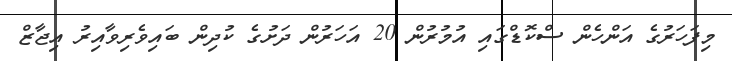
މިފަހަރުގެ އަންހެން ސްކޮޑްގައި އުމުރުން 20 އަހަރުން ދަށުގެ ކުދިން ބައިވެރިވާއިރު އިޖާޒް